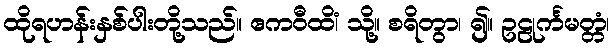
ထိုရဟန်းနှစ်ပါးတို့သည်။ ဧကဝီထိံ၊ သို့။ စရိတွာ၊ ၍။ ဥဠုင်္ကမတ္တံ၊